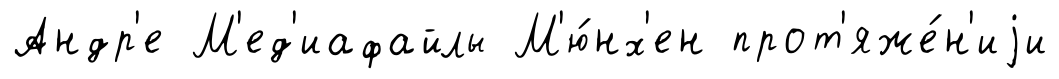
Андр'е М'ед'иафайлы М'ю́нх'ен прот'яже́н'иjи